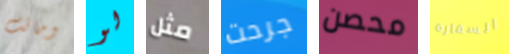
وماتت لو مثل جرحت محصن السفارة